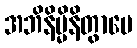
အဘိနိမ္မိနိတွာပေ